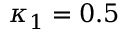
\kappa _ { 1 } = 0 . 5